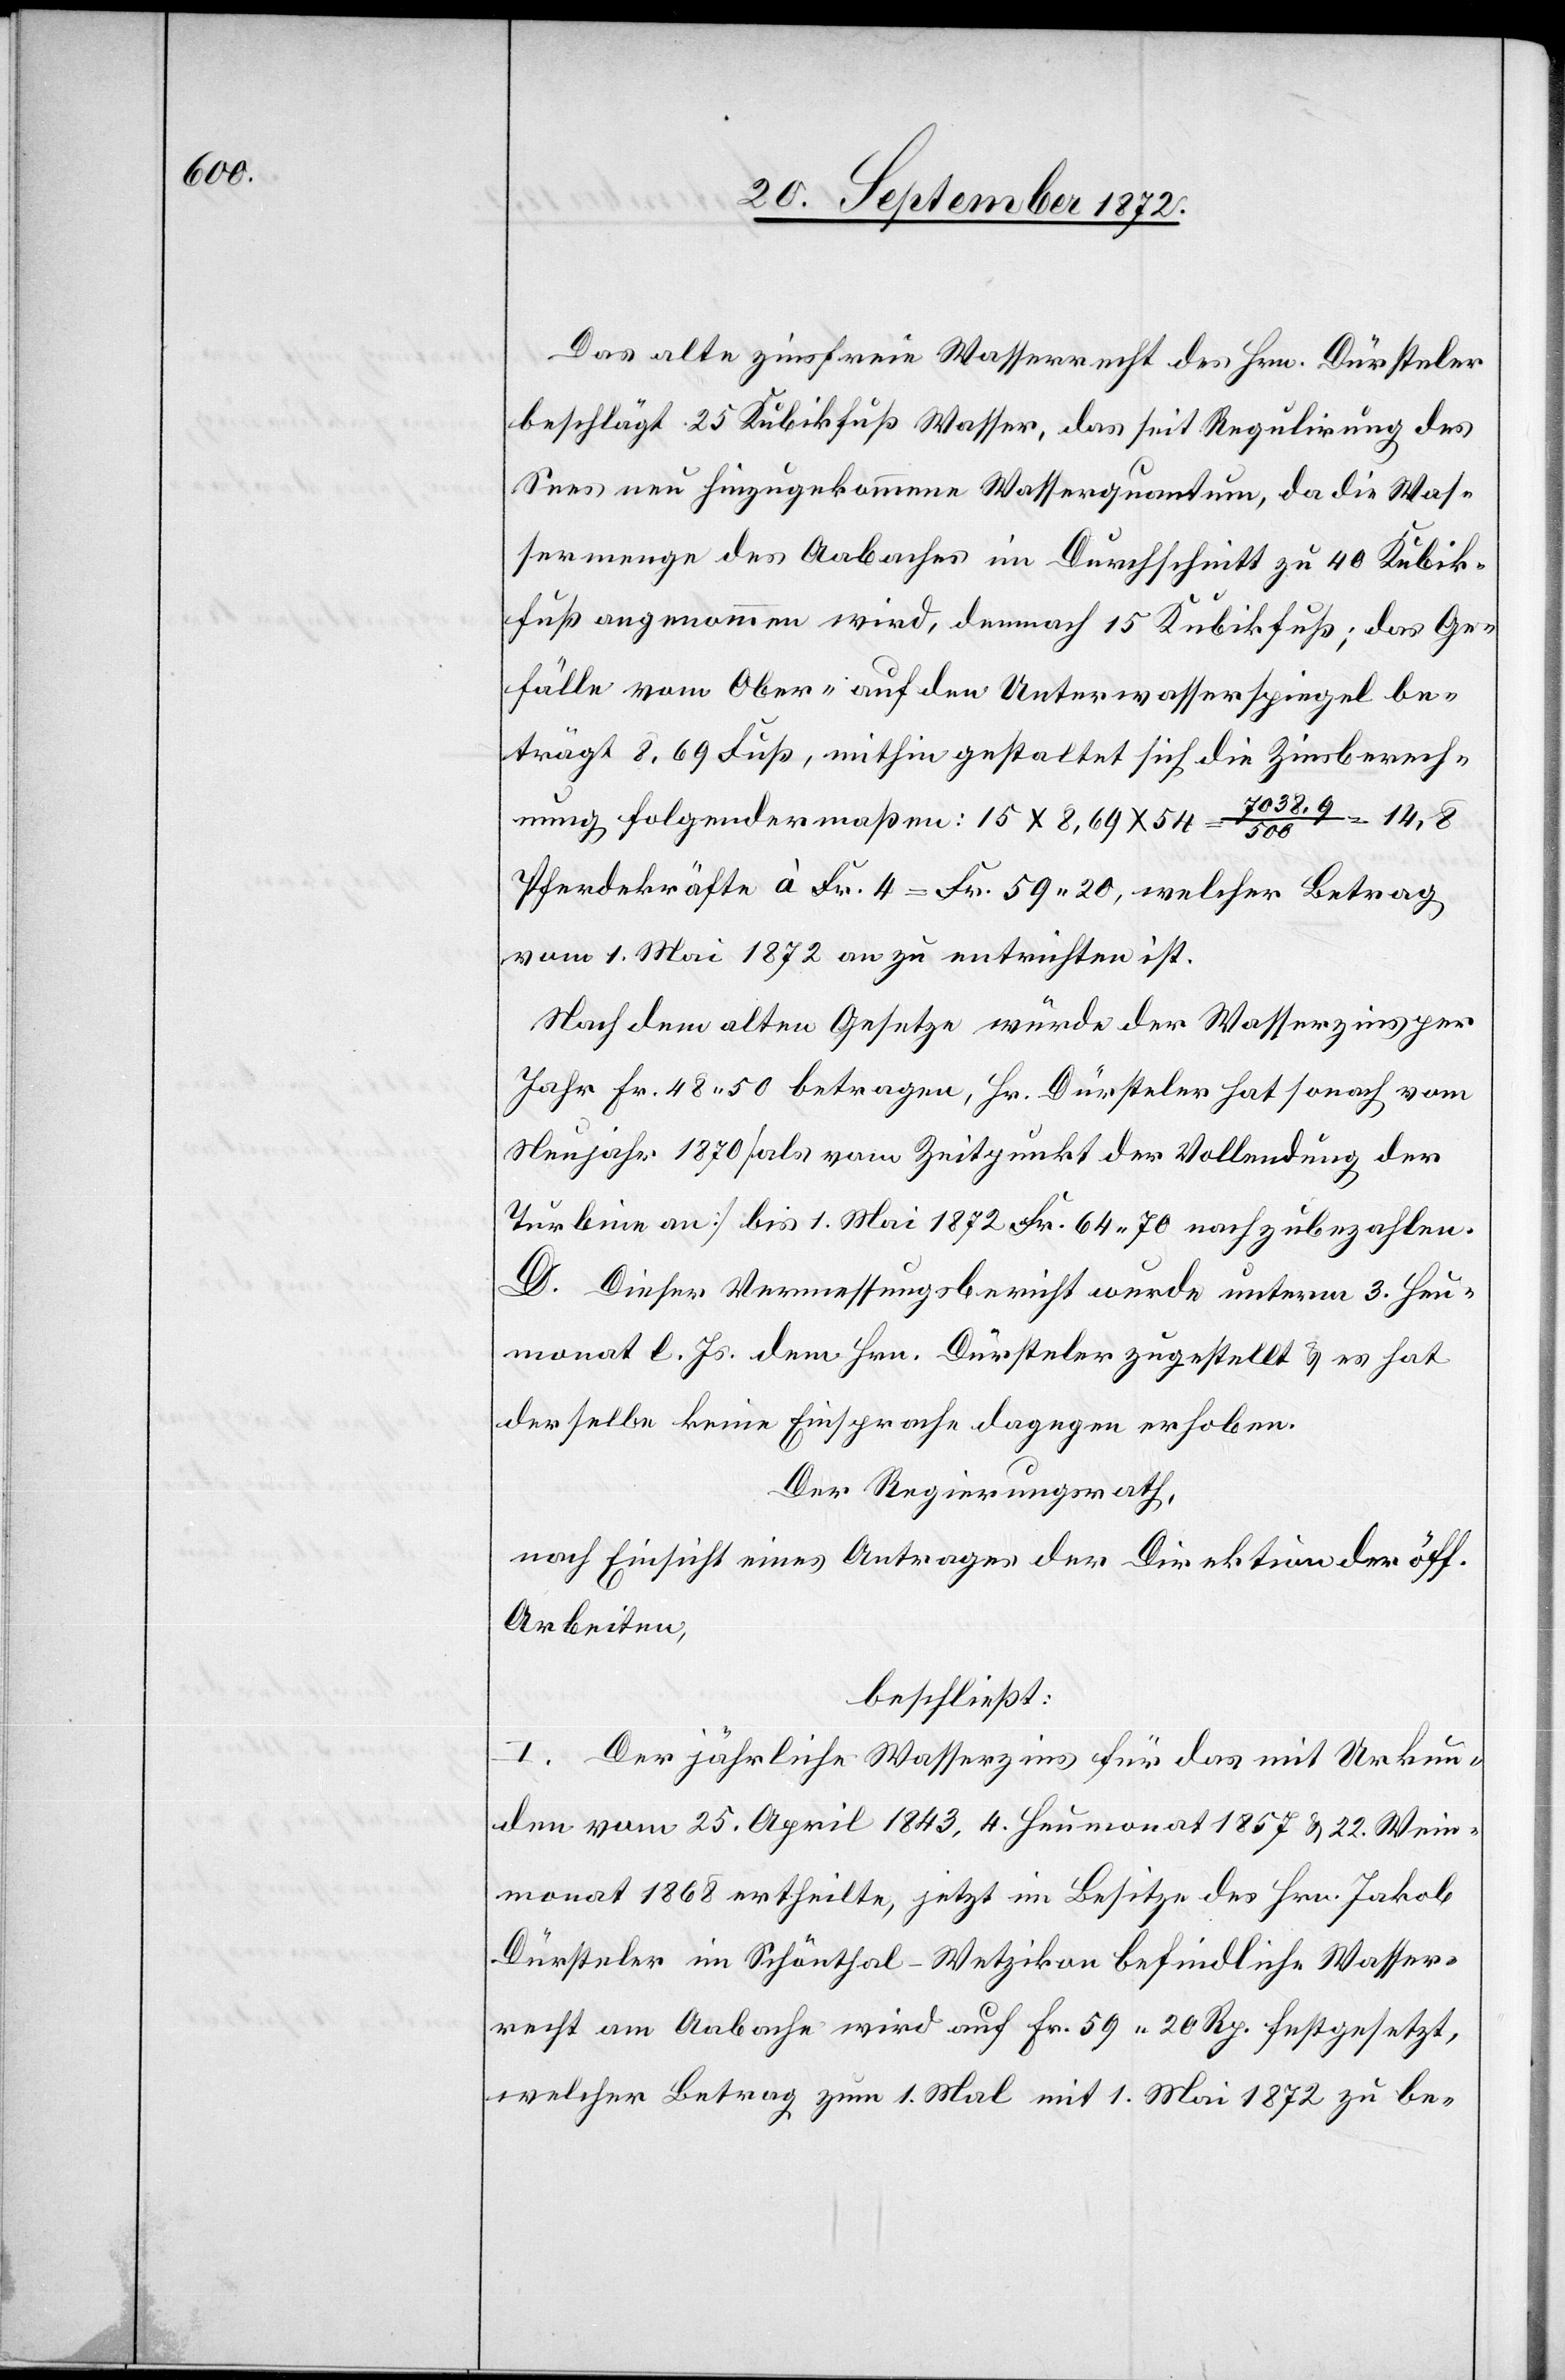
Das alte zinsfreie Wasserrecht des Hrn. Dürsteler
beschlägt 25 Kubikfuß Wasser, das seit Regulirung des
Sees neu hinzugekommene Wasserquantum, da die Was¬
sermenge des Aabaches im Durchschnitt zu 40 Kubik¬
fuß angenommen wird, demnach 15 Kubikfuß; das Ge¬
fälle vom Ober- auf den Unterwasserspiegel be¬
trägt 8,69 Fuß, mithin gestaltet sich die Zinsberech¬
nung folgendermaßen: 15 x 8,69 x 54 = 7038.9 /
Pferdekräfte à Fr. 4 = Fr. 59 20, welcher Betrag
vom 1. Mai 1872 an zu entrichten ist.
Nach dem alten Gesetze würde der Wasserzins per
Jahr Fr. 48 50 betragen, Hr. Dürsteler hat sonach vom
Neujahr 1870 [als vom Zeitpunkt der Vollendung der
Turbine an] bis 1. Mai 1872 Fr. 64 70 nachzubezahlen.
D. Dieser Vermessungsbericht wurde unterm 3. Heu¬
monat l. Js. dem Hrn. Dürsteler zugestellt u. es hat
derselbe keine Einsprache dagegen erhoben.
Der Regierungsrath,
nach Einsicht eines Antrages der Direktion der öff.
Arbeiten,
beschließt:
I. Der jährliche Wasserzins für das mit Urkun¬
den vom 25. April 1843, 4. Heumonat 1857 u. 22. Wein¬
monat 1868 ertheilte, jetzt im Besitze des Hrn. Jakob
Dürsteler im Schönthal-Wetzikon befindliche Wasser¬
recht am Aabache wird auf Fr. 59 20 Rp. festgesetzt,
welcher Betrag zum 1. Mal mit 1. Mai 1872 zu be-